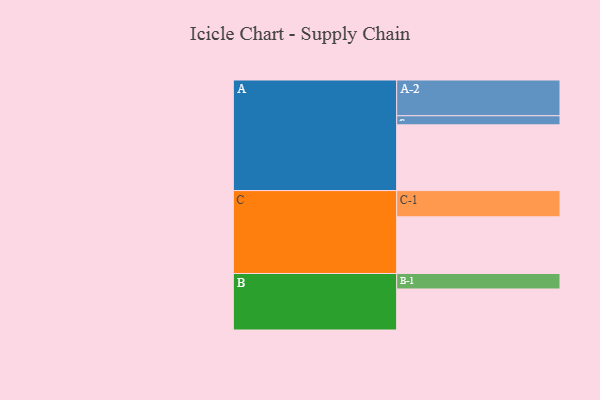
{"axis": {"x": "Segment", "y": "Value"}, "legend": ["", "A", "B", "C"], "data": [{"x": "A", "y": 513, "type": ""}, {"x": "B", "y": 320, "type": ""}, {"x": "C", "y": 442, "type": ""}, {"x": "A-1", "y": 71, "type": "A"}, {"x": "A-2", "y": 279, "type": "A"}, {"x": "B-1", "y": 121, "type": "B"}, {"x": "C-1", "y": 205, "type": "C"}]}